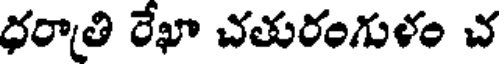
ధరాతి రేఖా చతురంగుళం చ